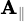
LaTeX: \scriptstyle\mathbf{A}_{\parallel}